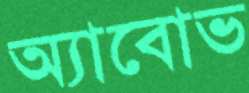
অ্যাবোভ